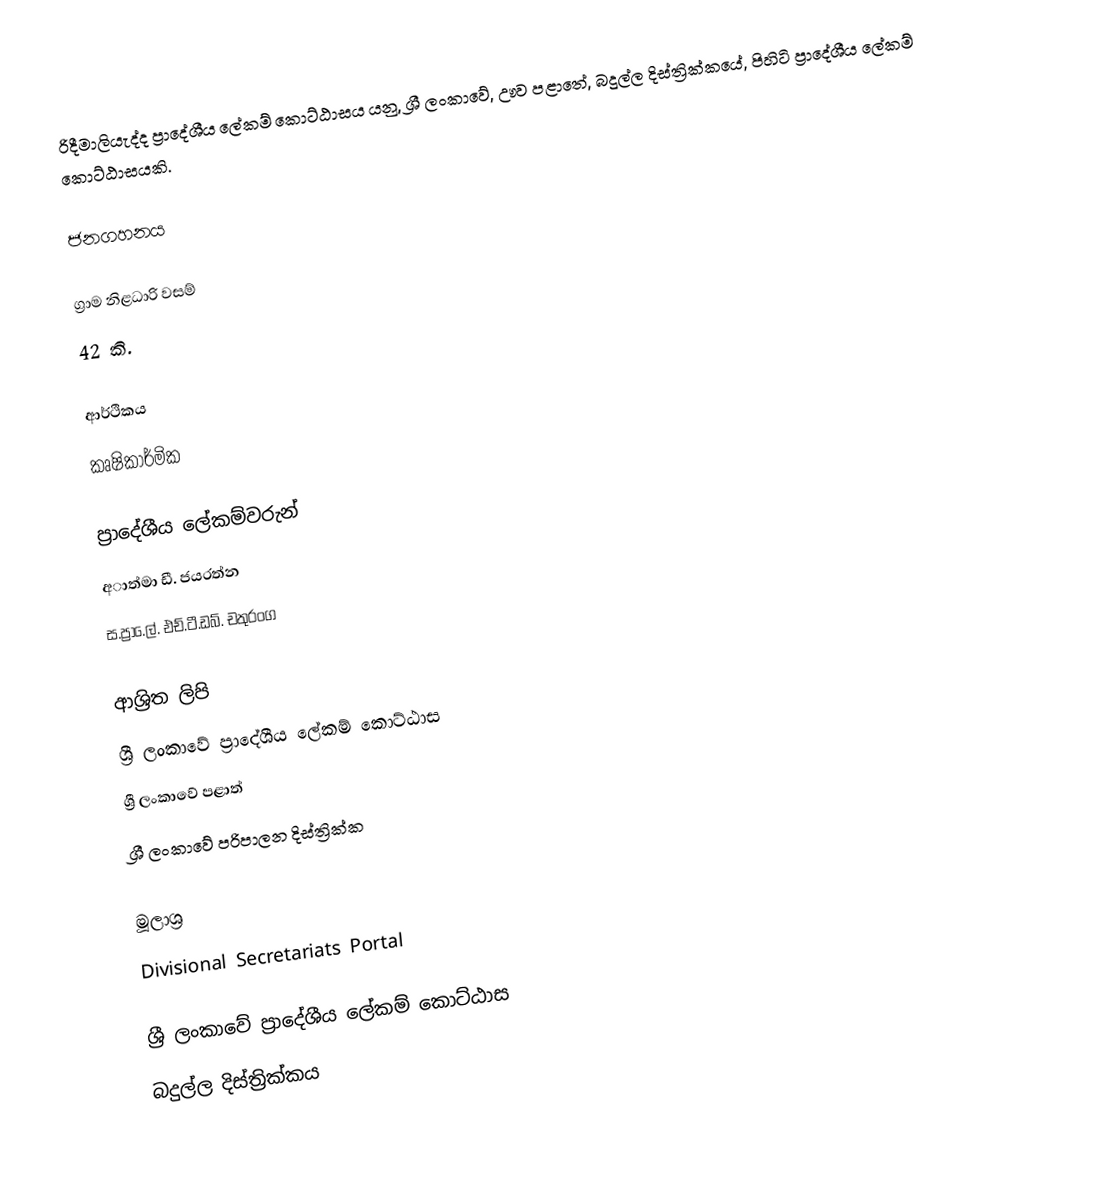
රිදීමාලියැද්ද ප්‍රාදේශීය ලේකම් කොට්ඨාසය යනු,  ශ්‍රී ලංකාවේ, ඌව පළාතේ,   බදුල්ල දිස්ත්‍රික්කයේ, පිහිටි ප්‍රාදේශීය ලේකම් කොට්ඨාසයකි.

ජනගහනය

ග්‍රාම නිළධාරි වසම්
42 කි.

ආර්ථිකය
කෘෂිකාර්මික

ප්‍රාදේශීය ලේකම්වරුන්
අාත්මා ඩී. ජයරත්න
ස.ප්‍රා.ෙල්. එච්.ටී.ඩබ්. චතුරංග

ආශ්‍රිත ලිපි
ශ්‍රී ලංකාවේ ප්‍රාදේශීය ලේකම් කොට්ඨාස
ශ්‍රී ලංකාවේ පළාත්
ශ්‍රී ලංකාවේ පරිපාලන දිස්ත්‍රික්ක

මූලාශ්‍ර
 Divisional Secretariats Portal

ශ්‍රී ලංකාවේ ප්‍රාදේශීය ලේකම් කොට්ඨාස
බදුල්ල දිස්ත්‍රික්කය